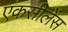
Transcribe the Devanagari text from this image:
एकसीलेंस